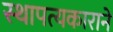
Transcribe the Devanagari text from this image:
स्थापत्यकाराने